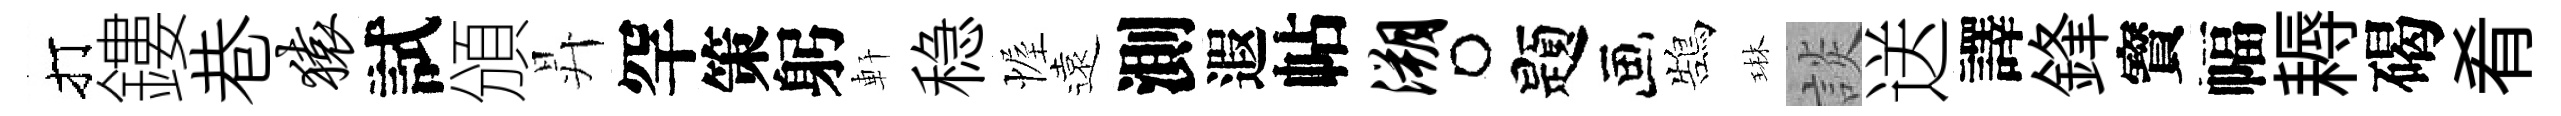
打鏤巷猿試頒昇罕策躬軒稳幄遠測遐帖溯题鵠琳談送譯鋒寳幅耨碣肴